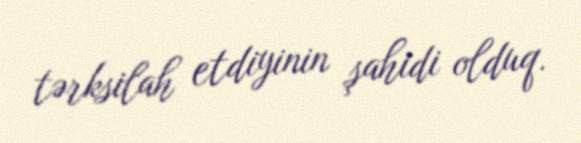
tərksilah etdiyinin şahidi olduq.